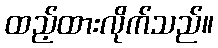
ထည့်ထားလိုက်သည်။